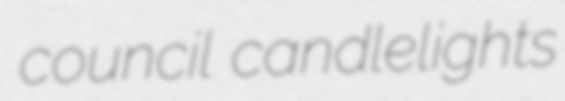
council candlelights